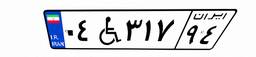
۰۴W۳۱۷۹۴